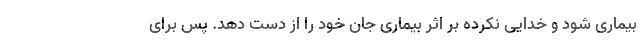
بیماری شود و خدایی نکرده بر اثر بیماری جان خود را از دست دهد. پس برای